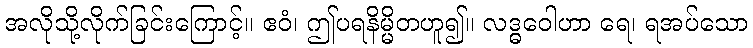
အလိုသို့လိုက်ခြင်းကြောင့်။ ဧဝံ၊ ဤပရနိမ္မိတဟူ၍။ လဒ္ဓဝေါဟာ ရေ၊ ရအပ်သော